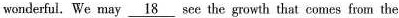
wonderful. We may \underline{18} see the growth that comes from the